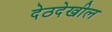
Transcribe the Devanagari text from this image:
देठदेखील